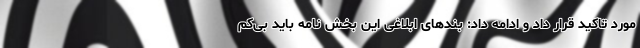
مورد تاکید قرار داد و ادامه داد: بندهای ابلاغی این بخش نامه باید بی‌کم